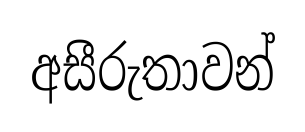
අසීරුතාවන්